Kominterni_Eesti_sektsioon_Moskvas, lk 18
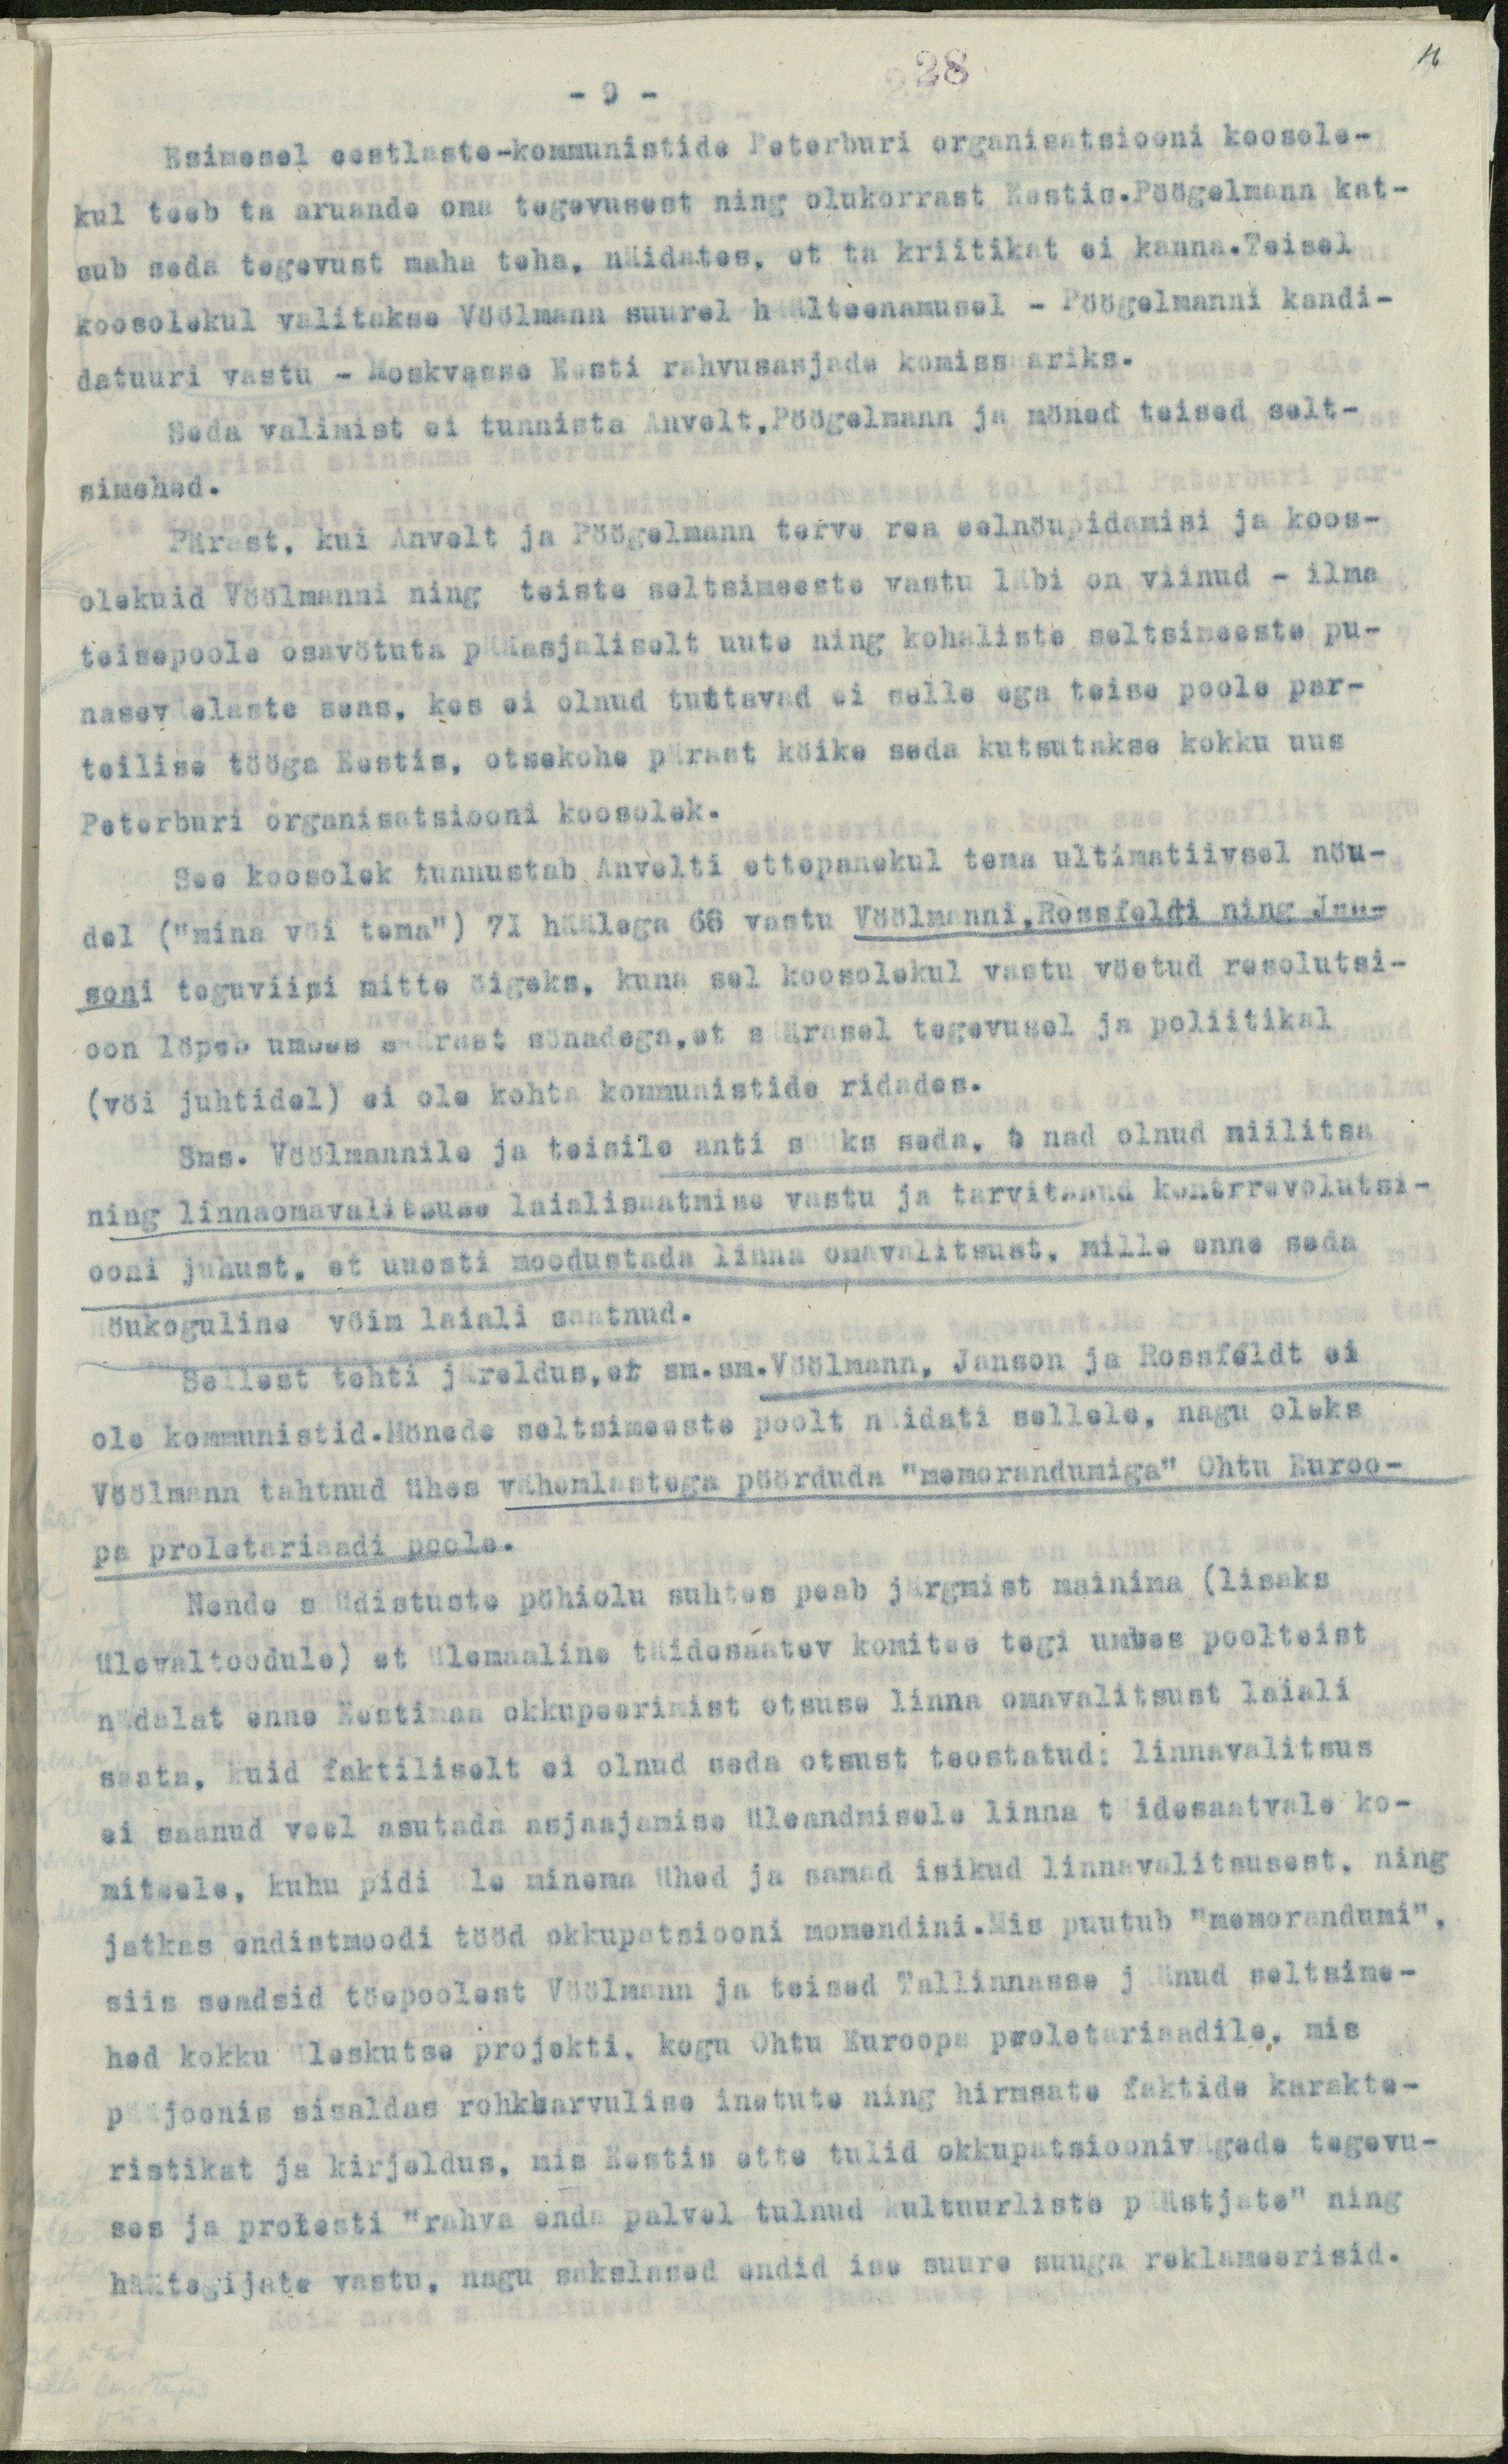
16

- 9 -
28
Esimesel eestlaste-kommunistide Peterburi organisatsiooni koosole-
kul teeb ta aruande oma tegevusest ning olukorrast Eestis.Pöögelmann kat-
sub seda tegevust maha teha, näidates, et ta kriitikat ei kanna.Teisel
koosolekul valitakse Vöölmann suurel häälteenamusel - Pöögelmanni kandi-
datuuri vastu - Moskvasse Eesti rahvusasjade komissaariks.
Seda valimist ei tunnista Anvelt, Pöögelmann ja mõned teised selt-
simehed.
Pärast, kui Anvelt ja Pöögelmann terve rea eelnöupidamisi ja koos-
olekuid Vöölmanni ning teiste seltsimeeste vastu läbi on viinud - ilma
teisepoole osavötuta pääasjaliselt uute ning kohaliste seltsimeeste pu-
naseväelaste seas, kes ei olnud tuttavad ei selle ega teise poole par-
teilise tööga Eestis, otsekohe pärast köike seda kutsutakse kokku uus
Peterburi organisatsiooni koosolek.
See koosolek tunnustab Anvelti ettepanekul tema ultimatiivsel nöu-
del ("mina vöi tema") 71 häälega 66 vastu Vöälmanni, Rossfeldi ning Jan-
soni teguviisi mitte öigeks, kuna sel koosolekul vastu vöetud resolutsi-
oon löpeb umbes säärast sönadega, et säärasel tegevusel ja poliitikal
(vöi juhtidel) ei ole kohta kommunistide ridades.
Sms. Vöölmannile ja teisile anti süüks seda, et nad olnud miilitsa
ning linnaomavalitsuse laialisaatmise vastu ja tarvitaand kontrrevolutsi-
ooni juhust, et uuesti moodustada linna omavalitsust, mille enne seda
nöukoguline vöim laiali saatnud.
Sellest tehti järeldus,et sm.sm.Vöölmann, Janson ja Rossfeldt ei
ole kommunistid. Mönede seltsimeeste poolt näidati sellele, nagu oleks
Vöölmann tahtnud ühes vähemlastega pöörduda "memorandumiga" Ohtu Euroo-
pa proletariaadi poole.
Nende süüdistuste pöhiolu suhtes peab järgmist mainima (lisaks
ülevaltoodule) et ülemaaline täidesaatev komitee tegi umbes poolteist
nädalat enne Eestimaa okkupeerimist otsuse linna omavalitsust laiali
saata, kuid faktiliselt ei olnud seda otsust teostatud: linnavalitsus
ei saanud veel asutada asjaajamise üleandmisele linna täidesaatvale ko-
miteele, kuhu pidi üle minema ühed ja samad isikud linnavalitsusest, ning
jatkas endistmoodi tööd okkupatsiooni momendini. Mis puutub "memorandumi".
siis seadsid töepoolest Vöölmann ja teised Tallinnasse jäänud seltsime-
hed kokku üleskutse projekti, kogu Ohtu Euroopa proletariaadile, mis
pääjoonis sisaldas rohkearvulise inetute ning hirmsate faktide karakte-
ristikat ja kirjeldus, mis Eestis ette tulid okkupatsioonivägade tegevu-
ses ja protesti "rahva enda palvel tulnud kultuurliste päästjate" ning
häätegijate vastu, nagu sakslased endid ise suure suuga reklameerisid.